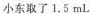
小东取了1.5 mL